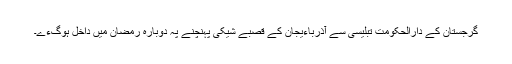
گرجستان کے دارالحکومت تبلیسی سے آذرباءیجان کے قصبے شیکی پہنچنے پہ دوبارہ رمضان میں داخل ہوگءے۔